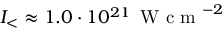
I _ { < } \approx 1 . 0 \cdot 1 0 ^ { 2 1 } \, \mathrm { ~ W ~ c ~ m ~ } ^ { - 2 }